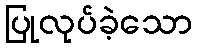
ပြုလုပ်ခဲ့သော